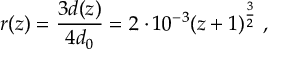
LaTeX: r ( z ) = { \frac { 3 d ( z ) } { 4 d _ { 0 } } } = 2 \cdot 1 0 ^ { - 3 } ( z + 1 ) ^ { \frac { 3 } { 2 } } ~ ,